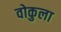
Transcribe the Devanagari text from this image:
वोकुला